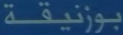
بوزنيقة